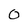
Character: 0